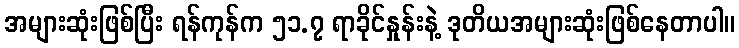
အများဆုံးဖြစ်ပြီး ရန်ကုန်က ၅၁.၇ ရာခိုင်နှုန်းနဲ့ ဒုတိယအများဆုံးဖြစ်နေတာပါ။